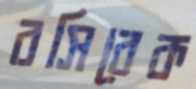
বসিবেক